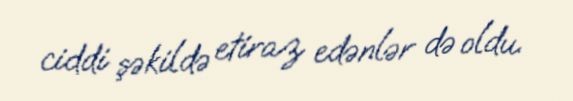
ciddi şəkildə etiraz edənlər də oldu.